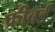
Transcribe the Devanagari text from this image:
फ्रीबर्ड